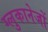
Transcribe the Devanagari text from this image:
ग्लुकानेजों